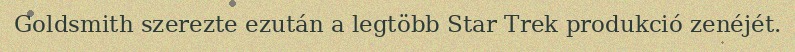
Goldsmith szerezte ezután a legtöbb Star Trek produkció zenéjét.